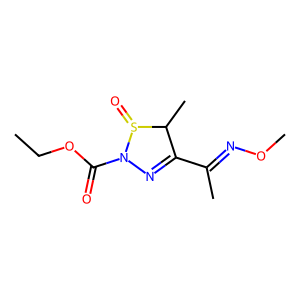
SMILES: CCOC(=O)N1N=C(C(C)=NOC)C(C)S1=O
Inhibits HIV replication: No